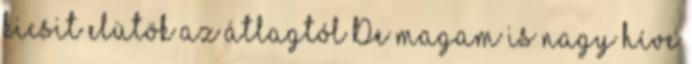
kicsit elütök az átlagtól De magam is nagy híve